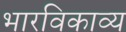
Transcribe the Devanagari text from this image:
भारविकाव्य